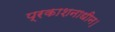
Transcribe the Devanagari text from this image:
प्रकाशनाधीन।